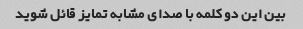
بین این دو کلمه با صدای مشابه تمایز قائل شوید